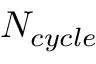
N _ { c y c l e }